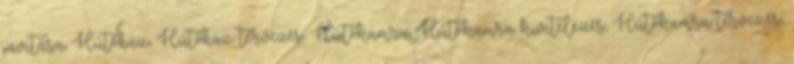
javítása, Hűtőház, Hűtőház tervezés, Hűtőkamra, Hűtőkamra kivitelezés, Hűtőkamra tervezés,